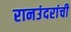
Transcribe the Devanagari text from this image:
रानउंदरांची